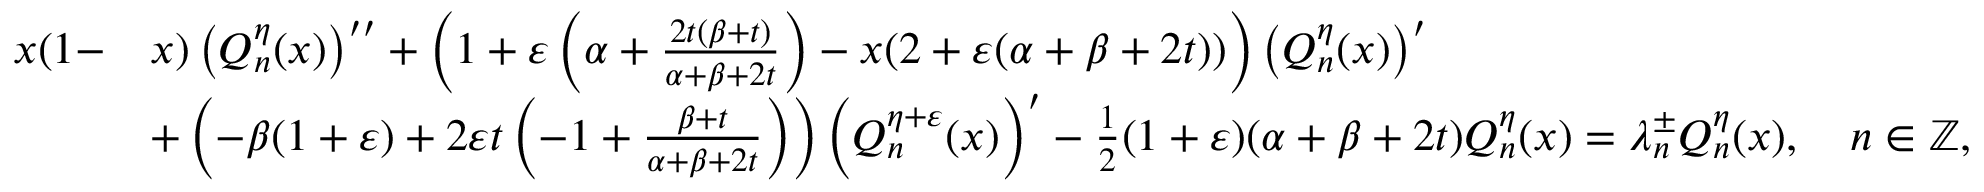
\begin{array} { r l } { x ( 1 - } & { x ) \left( Q _ { n } ^ { \eta } ( x ) \right) ^ { \prime \prime } + \left( 1 + \varepsilon \left( \alpha + \frac { 2 t ( \beta + t ) } { \alpha + \beta + 2 t } \right) - x ( 2 + \varepsilon ( \alpha + \beta + 2 t ) ) \right) \left( Q _ { n } ^ { \eta } ( x ) \right) ^ { \prime } } \\ & { + \left( - \beta ( 1 + \varepsilon ) + 2 \varepsilon t \left( - 1 + \frac { \beta + t } { \alpha + \beta + 2 t } \right) \right) \left( Q _ { n } ^ { \eta + \varepsilon } ( x ) \right) ^ { \prime } - \frac { 1 } { 2 } ( 1 + \varepsilon ) ( \alpha + \beta + 2 t ) Q _ { n } ^ { \eta } ( x ) = \lambda _ { n } ^ { \pm } Q _ { n } ^ { \eta } ( x ) , \quad n \in \mathbb { Z } , } \end{array}